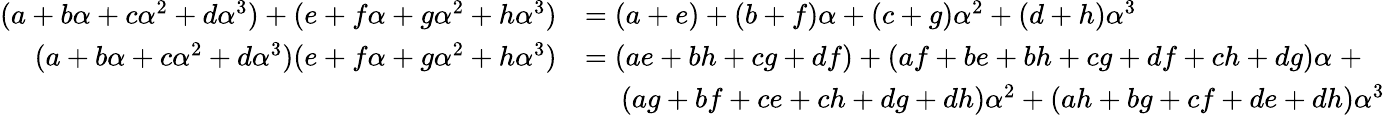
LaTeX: {\begin{array}{rl}{(a+b\alpha+c\alpha^{2}+d\alpha^{3})+(e+f\alpha+g\alpha^{2}+h\alpha^{3})}&{=(a+e)+(b+f)\alpha+(c+g)\alpha^{2}+(d+h)\alpha^{3}}\\ {(a+b\alpha+c\alpha^{2}+d\alpha^{3})(e+f\alpha+g\alpha^{2}+h\alpha^{3})}&{=(ae+bh+cg+df)+(af+be+bh+cg+df+ch+dg)\alpha\; +}\\ &{\quad\; (ag+bf+ce+ch+dg+dh)\alpha^{2}+(ah+bg+cf+de+dh)\alpha^{3}}\end{array}}